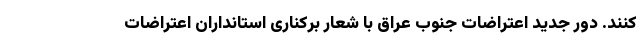
کنند. دور جدید اعتراضات جنوب عراق با شعار برکناری استانداران اعتراضات